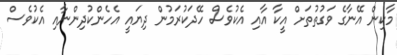
މާކިން އޭނާގެ ވަގުތުތަށް އީކާ އާއި އެކުވެސް ހޭދަކުރަމުން ދިޔައީ އެހެންކުދިންނާއި އެކުވެސް